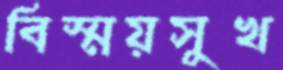
বিস্ময়সুখ